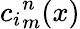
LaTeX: {c_{i}}_{m}^{n}(x)